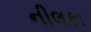
નીલકા